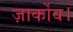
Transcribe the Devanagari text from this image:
ज़ार्कोव।